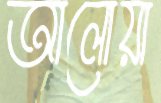
আলোয়া